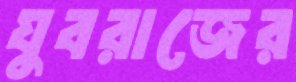
যুবরাজের